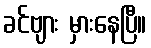
ခင်ဗျား မှားနေပြီ။